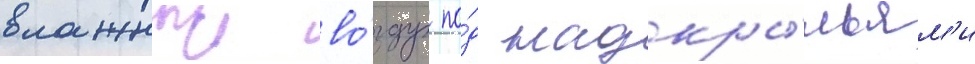
влажныи во́здух по́д надкры́льям'и